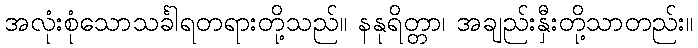
အလုံးစုံသောသင်္ခါရတရားတို့သည်။ နနုရိတ္တာ၊ အချည်းနှီးတို့သာတည်း။